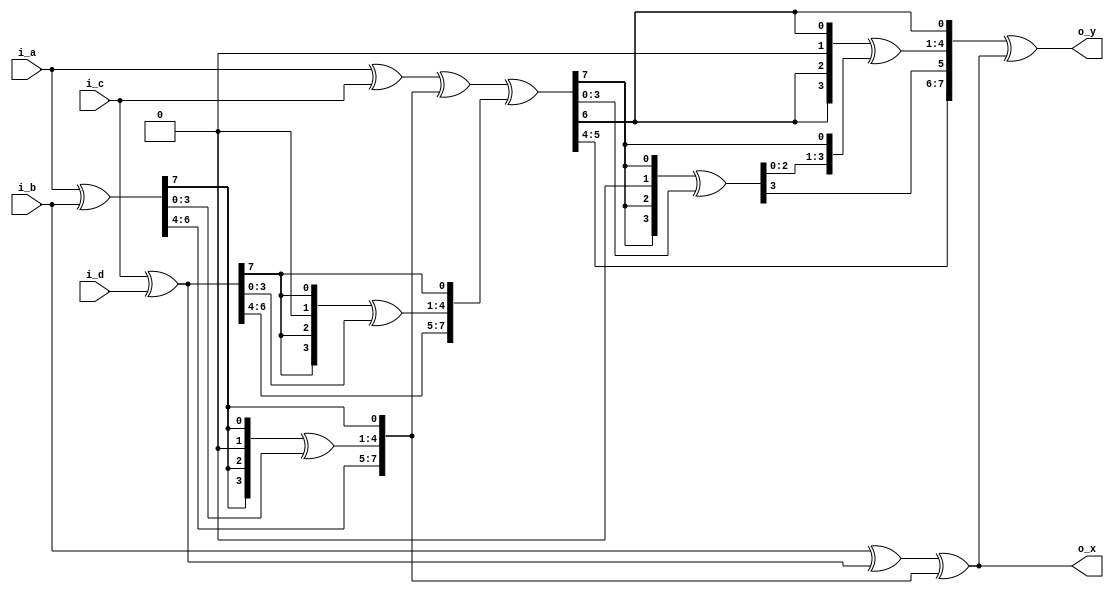
/*                                                                      
Copyright 2019 XCrypt Studio                
																	 
Licensed under the Apache License, Version 2.0 (the "License");         
you may not use this file except in compliance with the License.        
You may obtain a copy of the License at                                 
																	 
 http://www.apache.org/licenses/LICENSE-2.0                          
																	 
Unless required by applicable law or agreed to in writing, software    
distributed under the License is distributed on an "AS IS" BASIS,       
WITHOUT WARRANTIES OR CONDITIONS OF ANY KIND, either express or implied.
See the License for the specific language governing permissions and     
limitations under the License.                                          
*/  
                                                                 
// ----------------------------------------------------------------------
// Function         :   AES Cryptographic Algorithm Core [MixColumn-byte]
// ----------------------------------------------------------------------
// Version            v-1.0
// ----------------------------------------------------------------------

module aes_mixcol_b(
	input	[7:0]	i_a,
	input	[7:0]	i_b,
	input	[7:0]	i_c,
	input 	[7:0]	i_d,
	output 	[7:0]	o_x,
	output 	[7:0]	o_y);

	wire 	[7:0] 	s_w1,s_w2,s_w3,s_w4;
	wire 	[7:0]	s_w5,s_w6,s_w7,s_w8;
	
	function [7:0] xtime;
	  input [7:0] in;
	  reg [3:0] xtime_t;
	  begin
		xtime[7:5] = in[6:4];
		xtime_t[3] = in[7];
		xtime_t[2] = in[7];
		xtime_t[1] = 0;
		xtime_t[0] = in[7];
		xtime[4:1] =xtime_t^in[3:0];
		xtime[0] = in[7];
	  end
	endfunction

	assign s_w1 = i_a ^i_b;
	assign s_w2 = i_a ^i_c;
	assign s_w3 = i_c ^i_d;
	assign s_w4 = xtime(s_w1);
	assign s_w5 = xtime(s_w3);
	assign s_w6 = s_w2 ^s_w4 ^s_w5;
	assign s_w7 = xtime(s_w6);
	assign s_w8 = xtime(s_w7);

	assign o_x = i_b^s_w3^s_w4;
	assign o_y = s_w8^o_x;

endmodule